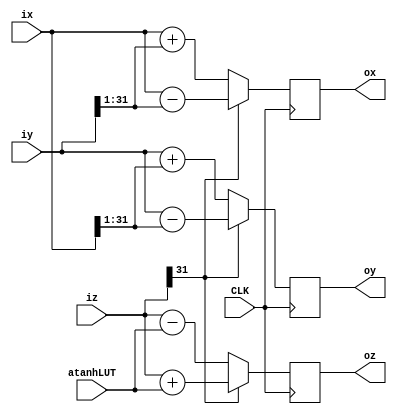
`timescale 1ns / 1ps

//////////////////////////////////////////////////////////////////////////////////
// :  
// :   
// :   -42
// 
//  :   CORDIC        
//  : cordic_unit.v
//////////////////////////////////////////////////////////////////////////////////

module cordic_unit#(
    parameter CURIT = 1
    )
    (
    input CLK,
    input signed [31:0] ix,iy,iz,
    
    input signed [31:0] atanhLUT,
    
    output signed [31:0] ox,oy,oz
    );
    
reg signed [31:0] rx,ry,rz;
reg signed [31:0] rxs,rys; // shifted inputs ix and iy

integer i;

always @(posedge CLK) begin
    // generate shifted registers
    rxs = ix;
    rys = iy;
    for (i = 0; i < CURIT; i = i + 1) begin
        rxs = {rxs[31], rxs[31:1]};
        rys = {rys[31], rys[31:1]};
    end
    
    if (iz[31] == 1) begin
        rx = ix - rys;
        ry = iy - rxs;
        rz = iz + atanhLUT;
    end else begin
        rx = ix + rys;
        ry = iy + rxs;
        rz = iz - atanhLUT;
    end
    
    if ((CURIT == 4) || (CURIT == 13)) begin        
        for (i = 0; i < CURIT; i = i + 1) begin
            rxs = {rxs[31], rxs[31:1]};
            rys = {rys[31], rys[31:1]};
        end        
                
        if (iz[31] == 1) begin
            rx = rx - rys;
            ry = ry - rxs;
            rz = rz + atanhLUT;
        end else begin
            rx = rx + rys;
            ry = ry + rxs;
            rz = rz - atanhLUT;
        end      
    end
end // always
    
assign ox = rx;
assign oy = ry;
assign oz = rz;

endmodule